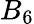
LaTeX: B_{6}